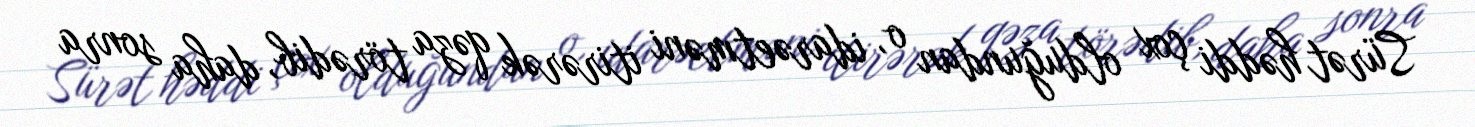
Sürət həddi çox olduğundan o, idarəetməni itirərək qəza törədib, daha sonra